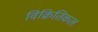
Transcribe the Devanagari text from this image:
विक्रितिकल